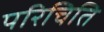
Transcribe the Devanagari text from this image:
परिचिति